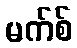
မက်စ်